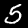
Digit: 5